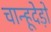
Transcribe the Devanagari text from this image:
चान्हूदेड़ो